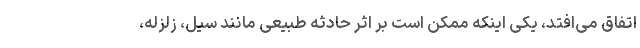
اتفاق می‌افتد، یکی اینکه ممکن است بر اثر حادثه طبیعی مانند سیل، زلزله،